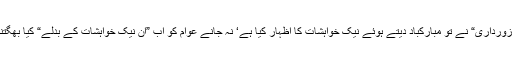
صدر ”زورداری“ نے تو مبارکباد دیتے ہوئے نیک خواہشات کا اظہار کیا ہے‘ نہ جانے عوام کو اب ”ان نیک خواہشات کے بدلے“ کیا بھگتنا پڑیگا۔